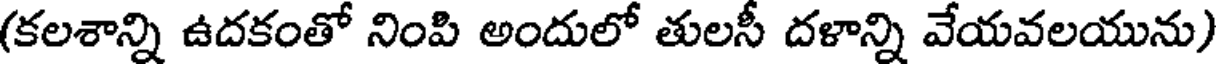
(కలశాన్ని ఉదకంతో నింపి అందులో తులసీ దళాన్ని వేయవలయును)